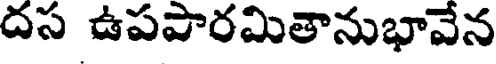
దస ఉపపారమితానుభావేన